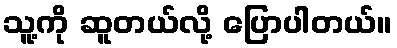
သူ့ကို ဆူတယ်လို့ ပြောပါတယ်။